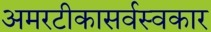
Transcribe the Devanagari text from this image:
अमरटीकासर्वस्वकार